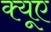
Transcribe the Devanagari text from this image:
क्यूए